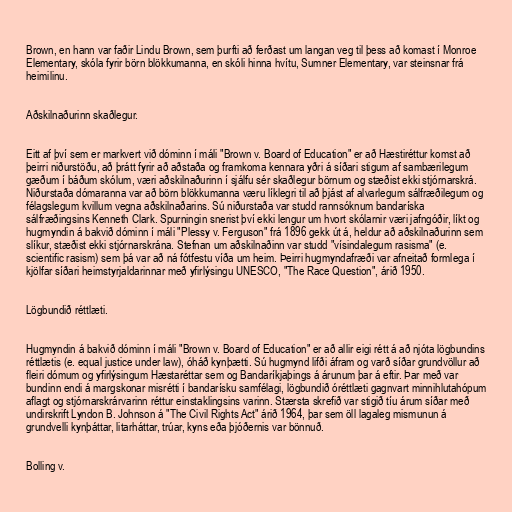
Brown, en hann var faðir Lindu Brown, sem þurfti að ferðast um langan veg til þess að komast í Monroe
Elementary, skóla fyrir börn blökkumanna, en skóli hinna hvítu, Sumner Elementary, var steinsnar frá
heimilinu.

Aðskilnaðurinn skaðlegur.

Eitt af því sem er markvert við dóminn í máli "Brown v. Board of Education" er að Hæstiréttur komst að
þeirri niðurstöðu, að þrátt fyrir að aðstaða og framkoma kennara yðri á síðari stigum af sambærilegum
gæðum í báðum skólum, væri aðskilnaðurinn í sjálfu sér skaðlegur börnum og stæðist ekki stjórnarskrá.
Niðurstaða dómaranna var að börn blökkumanna væru líklegri til að þjást af alvarlegum sálfræðilegum og
félagslegum kvillum vegna aðskilnaðarins. Sú niðurstaða var studd rannsóknum bandaríska
sálfræðingsins Kenneth Clark. Spurningin snerist því ekki lengur um hvort skólarnir væri jafngóðir, líkt og
hugmyndin á bakvið dóminn í máli "Plessy v. Ferguson" frá 1896 gekk út á, heldur að aðskilnaðurinn sem
slíkur, stæðist ekki stjórnarskrána. Stefnan um aðskilnaðinn var studd "vísindalegum rasisma" (e.
scientific rasism) sem þá var að ná fótfestu víða um heim. Þeirri hugmyndafræði var afneitað formlega í
kjölfar síðari heimstyrjaldarinnar með yfirlýsingu UNESCO, "The Race Question", árið 1950.

Lögbundið réttlæti.

Hugmyndin á bakvið dóminn í máli "Brown v. Board of Education" er að allir eigi rétt á að njóta lögbundins
réttlætis (e. equal justice under law), óháð kynþætti. Sú hugmynd lifði áfram og varð síðar grundvöllur að
fleiri dómum og yfirlýsingum Hæstaréttar sem og Bandaríkjaþings á árunum þar á eftir. Þar með var
bundinn endi á margskonar misrétti í bandarísku samfélagi, lögbundið óréttlæti gagnvart minnihlutahópum
aflagt og stjórnarskrárvarinn réttur einstaklingsins varinn. Stærsta skrefið var stigið tíu árum síðar með
undirskrift Lyndon B. Johnson á "The Civil Rights Act" árið 1964, þar sem öll lagaleg mismunun á
grundvelli kynþáttar, litarháttar, trúar, kyns eða þjóðernis var bönnuð.

Bolling v.